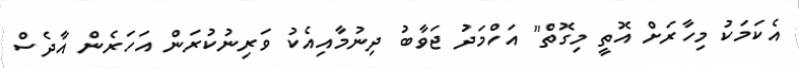
އެކަމަކު މިހާރަށް އޮތީ މިގޮތް" އަހްމަދު ޖަވާބު ދިނުމާއިއެކު ވަރިނުކުރަން އަހަރެން އާދެސް